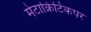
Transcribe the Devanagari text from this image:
मेटाक्रिटिकपर